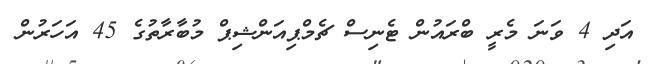
އަދި 4 ވަނަ މެރީ ބްރައުން ޓެނިސް ޗެމްޕިއަންޝިޕް މުބާރާތުގެ 45 އަހަރުން